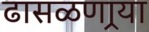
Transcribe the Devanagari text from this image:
ढासळणार्‍या